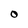
Character: O